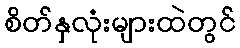
စိတ်နှလုံးများထဲတွင်